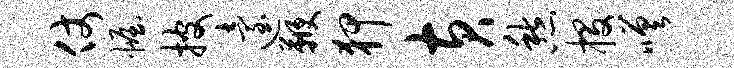
仗幄披迨鞭狎黄愁投嗟